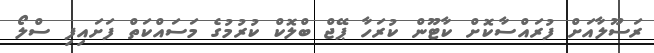
ރަސޫލާއަށް ފުރައްސާކޮށް ކާޓޫން ކުރަހާ ޕޭޖް ބްލޮކް ކުރުމުގެ މަސައްކަތް ފަށައިިފި ސްލޯ